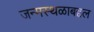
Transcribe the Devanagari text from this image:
जन्मस्थळाबद्दल